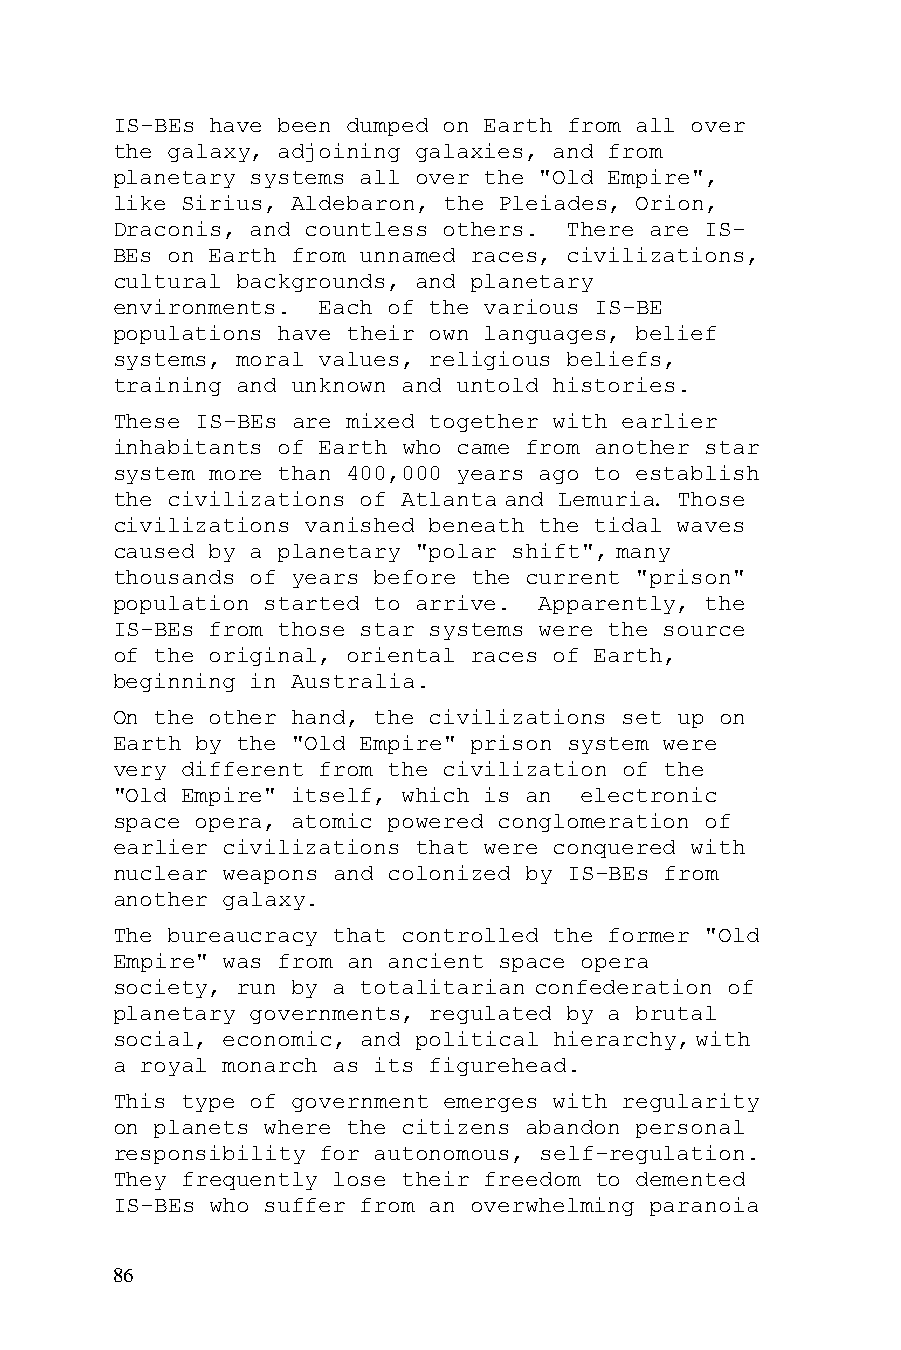
IS-BEs have been dumped on Earth from all over
 the galaxy, adjoining galaxies, and from
 planetary systems all over the "Old Empire",
 like Sirius, Aldebaron, the Pleiades, Orion,
 Draconis, and countless others. There are IS-
 BEs on Earth from unnamed races, civilizations,
 cultural backgrounds, and planetary
 environments. Each of the various IS-BE
 populations have their own languages, belief
 systems, moral values, religious beliefs,
 training and unknown and untold histories.
 These IS-BEs are mixed together with earlier
 inhabitants of Earth who came from another star
 system more than 400,000 years ago to establish
 the civilizations of Atlanta and Lemuria. Those
 civilizations vanished beneath the tidal waves
 caused by a planetary "polar shift", many
 thousands of years before the current "prison"
 population started to arrive. Apparently, the
 IS-BEs from those star systems were the source
 of the original, oriental races of Earth,
 beginning in Australia.
 On the other hand, the civilizations set up on
 Earth by the "Old Empire" prison system were
 very different from the civilization of the
 "Old Empire" itself, which is an electronic
 space opera, atomic powered conglomeration of
 earlier civilizations that were conquered with
 nuclear weapons and colonized by IS-BEs from
 another galaxy.
 The bureaucracy that controlled the former "Old
 Empire" was from an ancient space opera
 society, run by a totalitarian confederation of
 planetary governments, regulated by a brutal
 social, economic, and political hierarchy, with
 a royal monarch as its figurehead.
 This type of government emerges with regularity
 on planets where the citizens abandon personal
 responsibility for autonomous, self-regulation.
 They frequently lose their freedom to demented
 IS-BEs who suffer from an overwhelming paranoia
 86